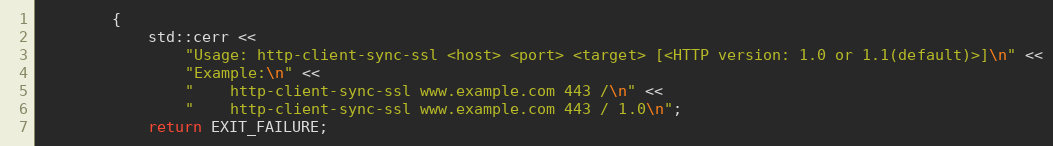
Language: C++
        {
            std::cerr <<
                "Usage: http-client-sync-ssl <host> <port> <target> [<HTTP version: 1.0 or 1.1(default)>]\n" <<
                "Example:\n" <<
                "    http-client-sync-ssl www.example.com 443 /\n" <<
                "    http-client-sync-ssl www.example.com 443 / 1.0\n";
            return EXIT_FAILURE;